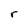
Character: r